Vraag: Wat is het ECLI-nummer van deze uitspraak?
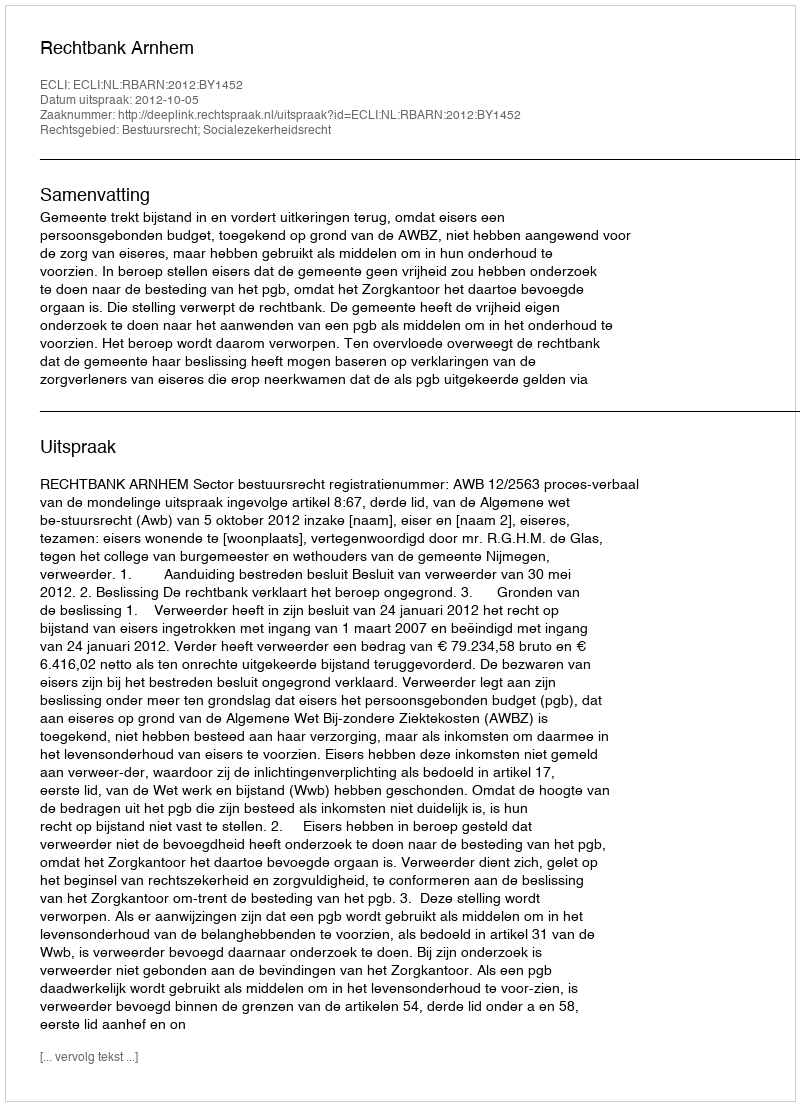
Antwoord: ECLI:NL:RBARN:2012:BY1452